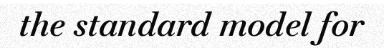
the standard model for